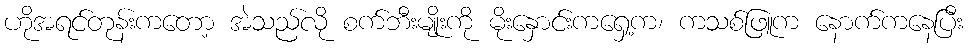
ဟိုအရင်တုန်းကတော့ အဲသည်လို စက်ဘီးမျိုးကို မိုးနှောင်းကရှေ့က၊ ကသစ်ဖြူက နောက်ကနေပြီး